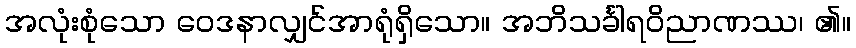
အလုံးစုံသော ဝေဒနာလျှင်အာရုံရှိသော။ အဘိသင်္ခါရဝိညာဏဿ၊ ၏။